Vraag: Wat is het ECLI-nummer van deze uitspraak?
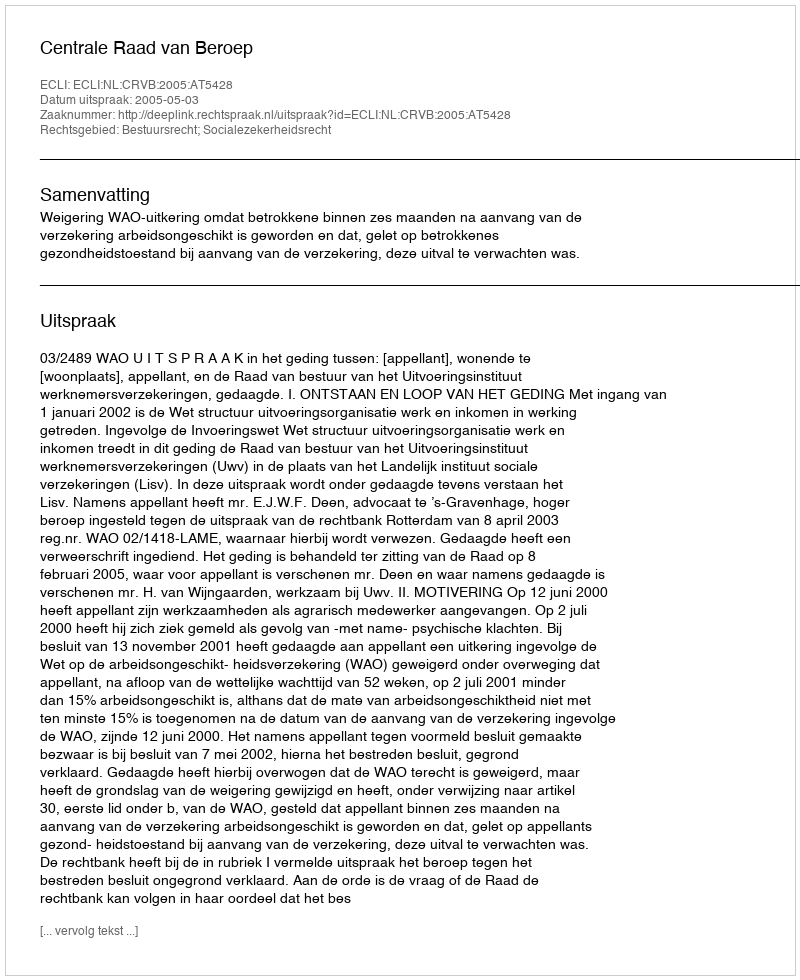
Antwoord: ECLI:NL:CRVB:2005:AT5428